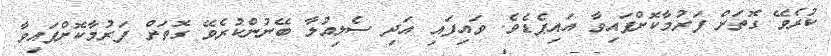
ކުރެވޭ ގޮތަށް ފަރުމާކޮށްފައިވާ އައިޕެޑެވެ. ވައިފައި އަދި ސެލިއުލާ ބޭނުންކުރެވޭ ގޮތަށް ފަރުމާކޮށްފައިވާ